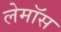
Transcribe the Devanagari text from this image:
लेमॉस